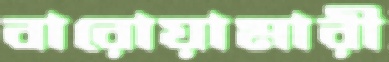
বারোয়ামারী